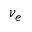
\nu _ { e }